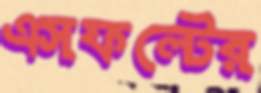
এসফল্টের